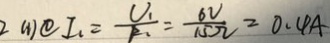
2 ( 1 ) \textcircled { 1 } I _ { 1 } = \frac { U _ { 1 } } { R _ { 1 } } = \frac { 6 V } { 1 5 \Omega } = 0 . 4 A